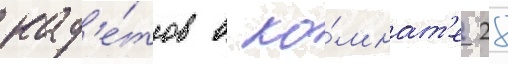
кад'е́тов в ко́мнат'е 28